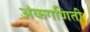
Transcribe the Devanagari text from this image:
अंकगणिती